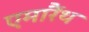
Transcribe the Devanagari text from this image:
एमारैंथ